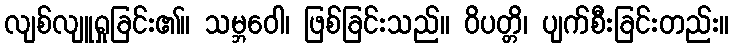
လျစ်လျူရှုခြင်း၏။ သမ္ဘဝေါ၊ ဖြစ်ခြင်းသည်။ ဝိပတ္တိ၊ ပျက်စီးခြင်းတည်း။